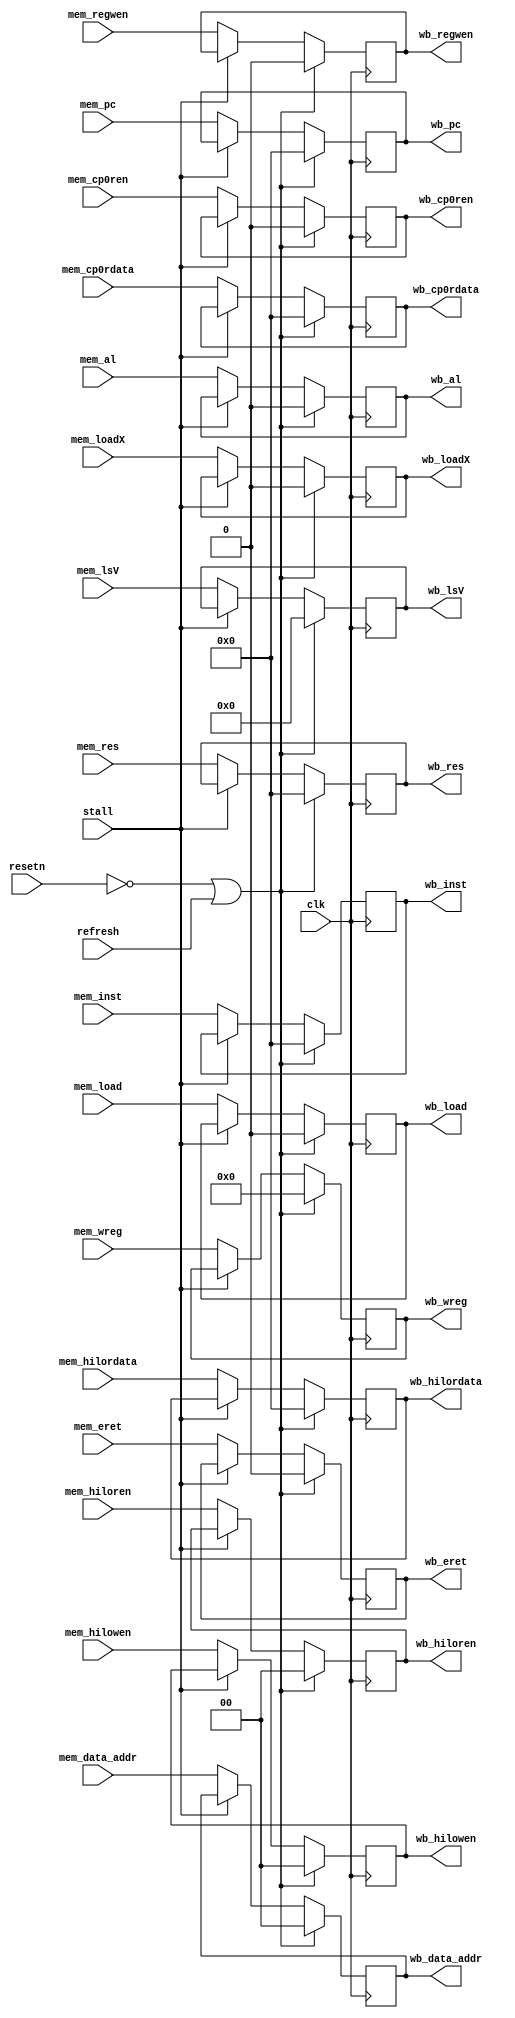
`timescale 1ns/1ps

module mem_wb_seg (
    input           clk,
    input           resetn,

    input   stall,
    input   refresh,

    input [31:0]    mem_pc,
    input [31:0]    mem_inst,
    input [31:0]    mem_res,
    input           mem_load,
    input           mem_loadX,
    input [3 :0]    mem_lsV,
    input [1 :0]    mem_data_addr,
    input           mem_al,
    input           mem_regwen,
    input [4 :0]    mem_wreg,
    input           mem_eret,
    input           mem_cp0ren,
    input [31:0]    mem_cp0rdata,
    input [1 :0]    mem_hiloren,
    input [1 :0]    mem_hilowen,
    input [31:0]    mem_hilordata,

    output reg [31:0]   wb_pc,
    output reg [31:0]   wb_inst,
    output reg [31:0]   wb_res,
    output reg          wb_load,
    output reg          wb_loadX,
    output reg [3 :0]   wb_lsV,
    output reg [1 :0]   wb_data_addr,
    output reg          wb_al,
    output reg          wb_regwen,
    output reg [4 :0]   wb_wreg,
    output reg          wb_eret,
    output reg          wb_cp0ren,
    output reg [31:0]   wb_cp0rdata,
    output reg [1 :0]   wb_hiloren,
    output reg [1 :0]   wb_hilowen,
    output reg [31:0]   wb_hilordata
);

    always @(posedge clk) begin
        if(!resetn || refresh) begin
            wb_pc       <= 32'b0;
            wb_inst     <= 32'b0;
            wb_res      <= 32'b0;
            wb_load     <= 1'b0;
            wb_loadX    <= 1'b0;
            wb_lsV      <= 4'b0;
            wb_data_addr<= 2'b0;
            wb_al       <= 1'b0;
            wb_regwen   <= 1'b0;
            wb_wreg     <= 5'b0;
            wb_eret     <= 1'b0;
            wb_cp0ren   <= 1'b0;
            wb_cp0rdata <= 32'b0;
            wb_hiloren  <= 2'b0;
            wb_hilowen  <= 2'b0;
            wb_hilordata<= 32'b0;
        end
        else if(!stall) begin
            wb_pc       <= mem_pc;
            wb_inst     <= mem_inst;
            wb_res      <= mem_res;
            wb_load     <= mem_load;
            wb_loadX    <= mem_loadX;
            wb_lsV      <= mem_lsV;
            wb_data_addr<= mem_data_addr;
            wb_al       <= mem_al;
            wb_regwen   <= mem_regwen;
            wb_wreg     <= mem_wreg;
            wb_eret     <= mem_eret;
            wb_cp0ren   <= mem_cp0ren;
            wb_cp0rdata <= mem_cp0rdata;
            wb_hiloren  <= mem_hiloren;
            wb_hilowen  <= mem_hilowen;
            wb_hilordata<= mem_hilordata;
        end
    end

endmodule